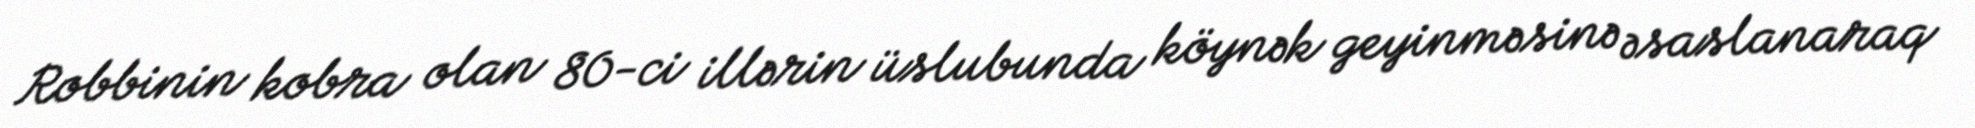
Robbinin kobra olan 80-ci illərin üslubunda köynək geyinməsinə əsaslanaraq